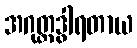
အဂုတ္တဒွါရတာယ